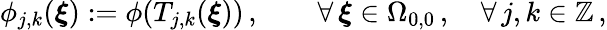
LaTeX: \phi_{j,k}(\boldsymbol{\xi}):=\phi(T_{j,k}(\boldsymbol{\xi}))\, ,\qquad\forall\, \boldsymbol{\xi}\in\Omega_{0,0}\, ,\quad\forall\, j,k\in\mathbb{Z}\, ,